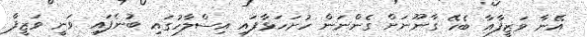
އޭނާ ވަޒީފާއާ ބެހޭ ގާނޫނަށް ގެންނަން ހުށަހަޅާފައި އިސްލާހުގައި ބުނެފައި ވަނީ ވަޒީފާ